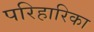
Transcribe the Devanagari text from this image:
परिहारिका